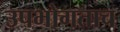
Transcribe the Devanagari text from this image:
उपभोगताच